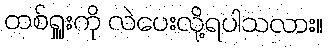
တစ်ရှူးကို လဲပေးလို့ရပါသလား။